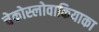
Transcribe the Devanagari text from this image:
चेकोस्लोवाकियाका